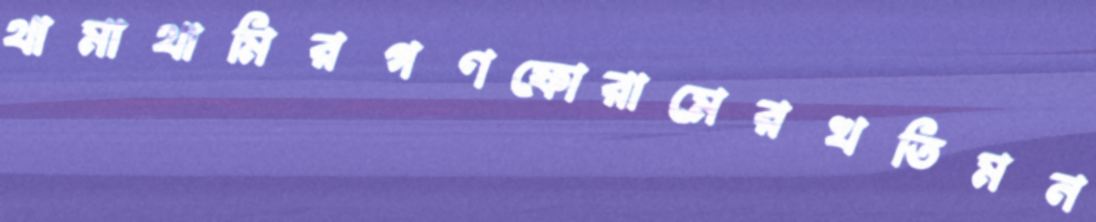
থামাথামিরগণফোরামেরখতিমন